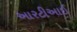
આરટીઆઈ